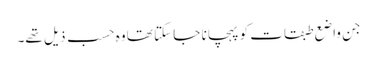
جن واضع طبقات کو پہچانا جا سکتا تھا وہ حسب ذیل تھے۔